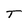
Character: T